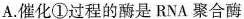
A.催化①过程的酶是RNA聚合酶